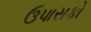
ઉપાસકો